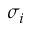
\sigma _ { i }